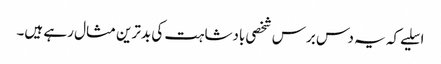
اسلیے کہ یہ دس برس شخصی بادشاہت کی بدترین مثال رہے ہیں۔